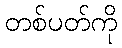
တစ်ပတ်ကို